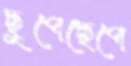
ছুপেছেপে